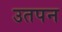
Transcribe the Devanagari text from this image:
उतपन